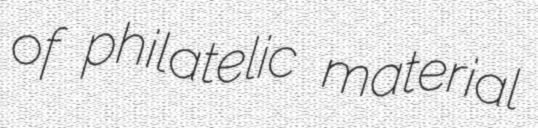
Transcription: of philatelic material